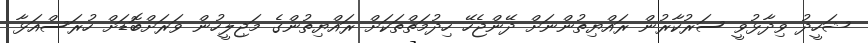
ޝަހީދު ވިދާޅުވީ ސަރުކާރުން ރައްޔިތުންނަށް ދޭންޖެހޭ ހިދުމަތްތަކަށް ރައްޔިތުންގެ މަޖިލީހުން ވަރަށްބޮޑަށް ހުރަސްއަޅާ